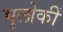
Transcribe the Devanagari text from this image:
भुलोकीं